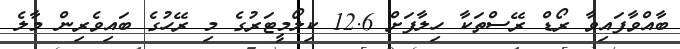
ބާއްވާފައިވާ ރޯޑް ރޭސްތަކާ ހިލާފަށް 12.6 ކިލޯމީޓަރުގެ މި ރޭހުގެ ބައިވެރިން މާލެ